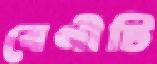
বেণীটি